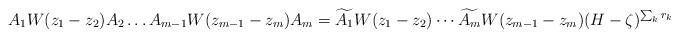
LaTeX: \begin{align*}A_1W(z_1-z_2)A_2\dots A_{m-1}W(z_{m-1}-z_m)A_m= \widetilde{A_1} W(z_1-z_2) \cdots \widetilde{A_{m}} W(z_{m-1}-z_m) (H-\zeta ) ^{\sum _k r_k } \end{align*}